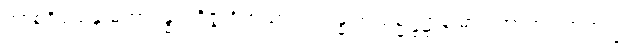
အာစရိယေန မဟာဂန္ဓာရဝိဇ္ဇံ ဝိဟိံသာယ အန္ဓ အသမ္မဋ္ဌဋ္ဌာနံ ဓာဝ အာဘရဏဘဏ္ဍံ